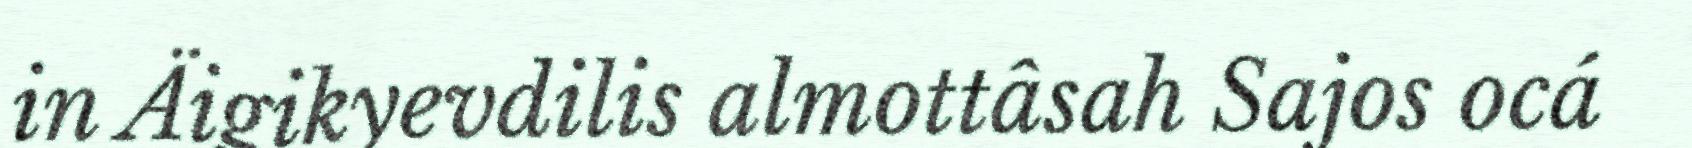
in Äigikyevdilis almottâsah Sajos ocá